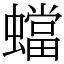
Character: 蟷